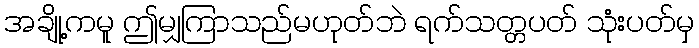
အချို့ကမူ ဤမျှကြာသည်မဟုတ်ဘဲ ရက်သတ္တပတ် သုံးပတ်မှ